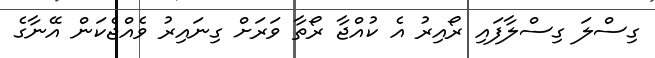
ގިސްލަ ގިސްލާފައި ރޯއިރު އެ ކުއްޖާ ރޯތާ ވަރަށް ގިނައިރު ވެއްޖެކަން އޭނާގެ